Vaccination North-Western Provinces and Oudh 1878-1895 - 1878-1895
Year: 1878
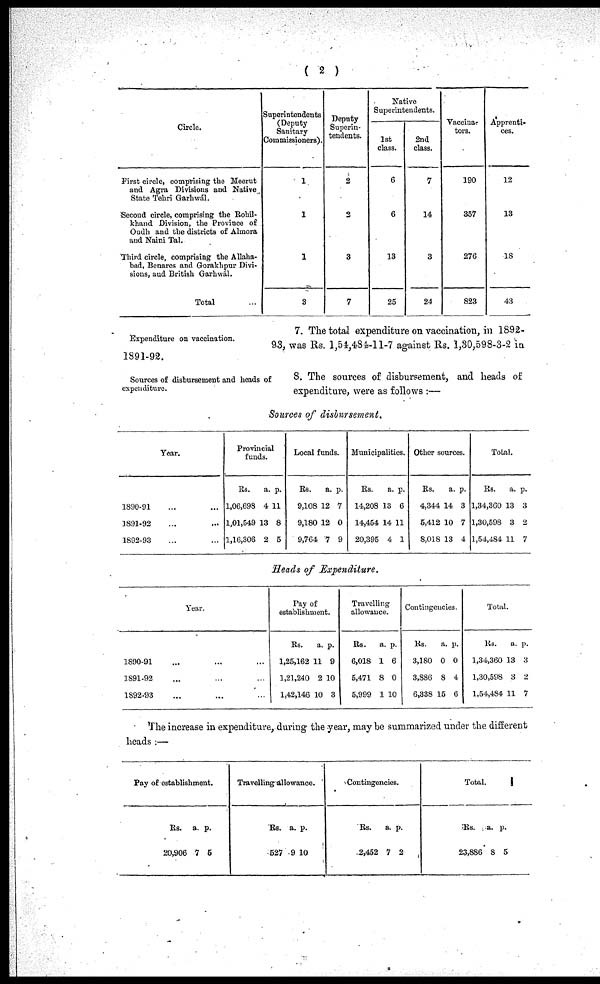
( 2 )
Circle.
First circle, comprising the Meerut
and Agra Divisions and Native
State Tehri Garhwál.
Second circle, comprising the Rohil-
khand Division, the Province of
Oudh and the districts of Almora
and Naini Tal.
Third circle, comprising the Allaha-
bad, Benares and Gorakhpur Divi-
sions, and British Garhwál.
Total
Superintendents
(Deputy
Sanitary
Commissioners').
1
1
1
3
Deputy
Superin-
tendents.
2
3
3
7
Native
Superintendents.
1st
class.
6
6
13
25
2nd
class.
7
14
3
24
Vaccinar-
tors.
190
357
276
823
Apprenti-
ces.
12
13
18
43
Expenditure on vaccination.
7. The total expenditure on vaccination, in 1892-
93, was Rs. 1,54,484-11-7 against Rs. 1,80,598-3-2 in 1891-92.
Sources of disbursement and heads of
expenditure.
8. The sources of disbursement, and heads of
expenditure, were as follows :—
Sources of disbursement.
Year.
1890-91
1891-92
1892-93
Provincial
funds.
Rs.
1,06,698
1,01,549
1,16,306
a.
4
13
2
p.
11
8
5
Local funds.
Rs.
9,108
9,180
9,764
a.
12
12
7
p.
7
0
9
Municipalities.
Rs.
14,208
14,454
20,395
a.
13
14
4
p.
6
11
1
Other sources.
Rs.
4,344
5,412
8,018
a.
14
10
13
p.
3
7
4
Total.
Rs.
1,34,360
1,30,598
1,54,484
a.
13
3
11
p.
3
2
7
Heads of Expenditure.
Year.
1890-91
1891-92
1892-93
Pay of
establishment.
Rs.
1,25,162
1,21,240
1,42,146
a.
11
2
10
p.
9
10
3
Travelling
allowance.
Rs.
6,018
5,471
5,999
a.
1
8
1
p.
6
0
10
Contingencies.
Rs.
3,180
3,886
6,338
a.
0
8
15
p.
0
4
6
Total.
Rs.
1,34,360
1,30,598
1,54,484
a.
13
3
11
p.
3
2
7
The increase in expenditure, during the year, may be summarized under the different
heads :—
Fay of establishment.
Rs.
20,906
a.
7
p.
6
Travelling allowance.
Rs.
527
a.
9
p.
10
Contingencies.
Rs.
2,452
a.
7
p.
2
Total.
Rs.
23,886
a.
8
p.
5